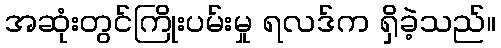
အဆုံးတွင်ကြိုးပမ်းမှု ရလဒ်က ရှိခဲ့သည်။